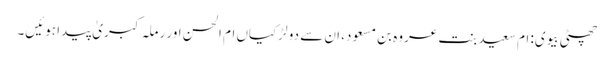
چھٹی بیوی: ام سعید بنت عروہ بن مسعود، ان سے دو لڑکیاں ام الحسن اور رملہ کبریٰ پیدا ہوئیں۔